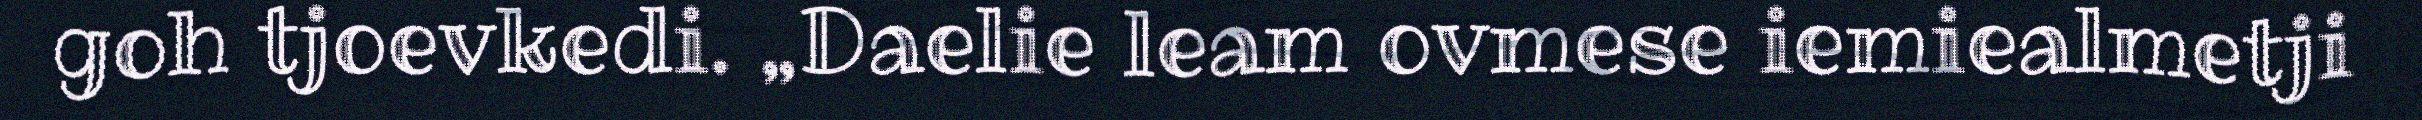
goh tjoevkedi. „Daelie leam ovmese iemiealmetji